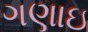
ગણાઇ